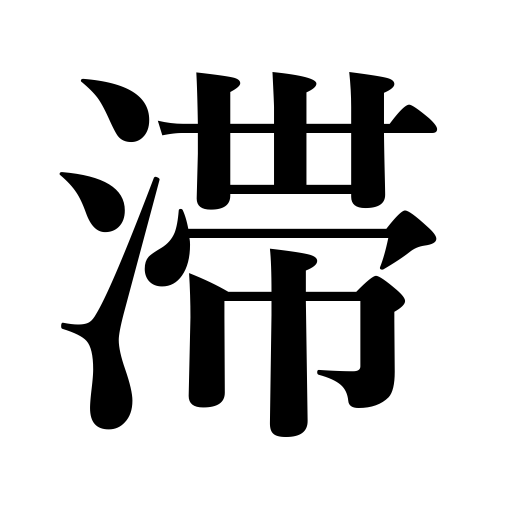
Meanings: be overdue,stopping,be delayed,be left undone,stagnate,fall into arrears